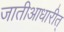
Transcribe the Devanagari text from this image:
जातीआधारीत्